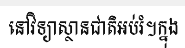
នៅវិទ្យាស្ថានជាតិអប់រំ។ក្នុង